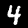
Digit: 4